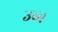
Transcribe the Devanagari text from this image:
उब्ब